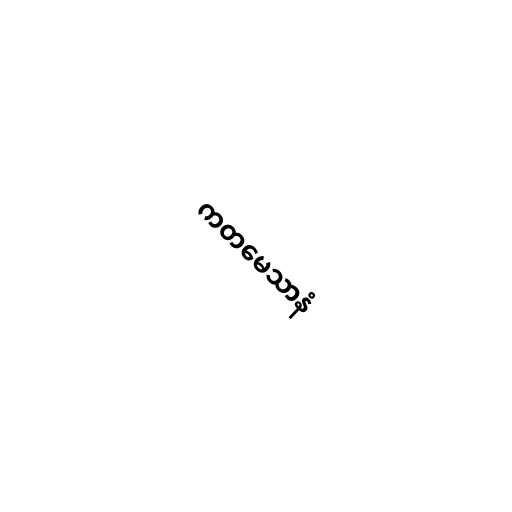
ကတမေသာနံ